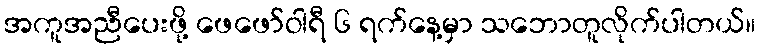
အကူအညီပေးဖို့ ဖေဖော်ဝါရီ ၆ ရက်နေ့မှာ သဘောတူလိုက်ပါတယ်။